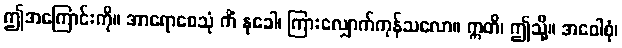
ဤအကြောင်းကို။ အာရောစေသုံ ကိံ နုခေါ၊ ကြားလျှောက်ကုန်သလော။ ဣတိ၊ ဤသို့။ အဝေါစုံ၊